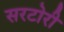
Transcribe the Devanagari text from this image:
सरटोरी